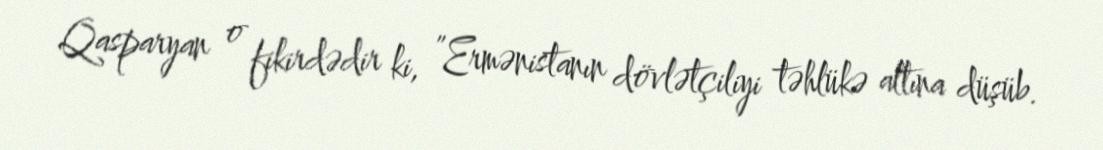
Qasparyan o fikirdədir ki, ”Ermənistanın dövlətçiliyi təhlükə altına düşüb.